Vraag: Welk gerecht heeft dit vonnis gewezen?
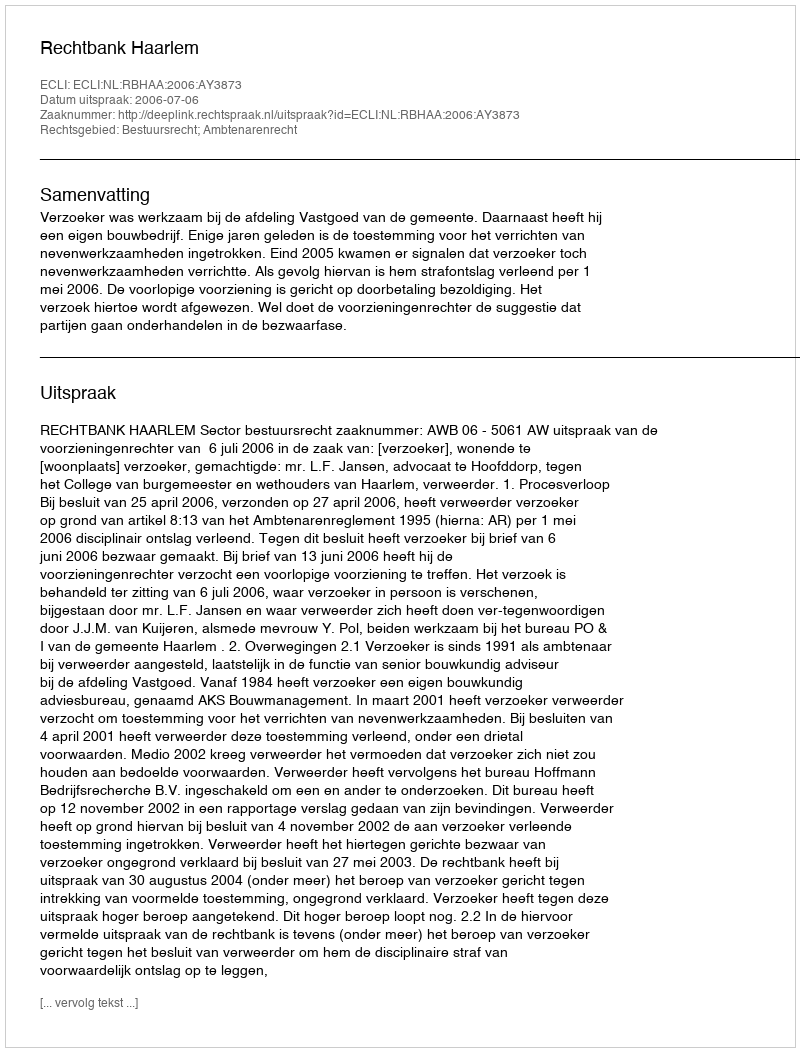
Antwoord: Rechtbank Haarlem